Physical education and physical well-being, 1936
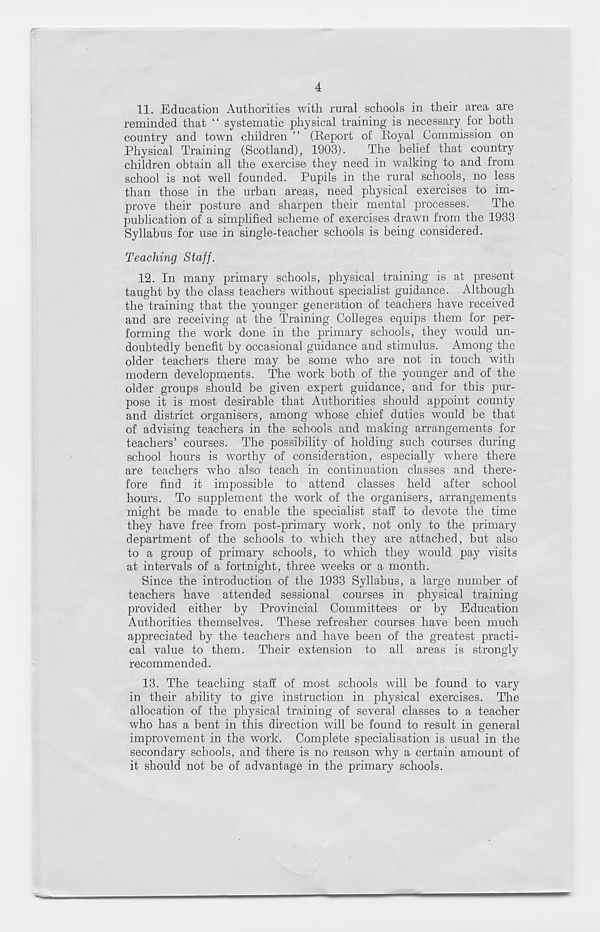
4
11. Education Authorities with rural schools in their area are
reminded that “ systematic physical training is necessary for both
country and town children ” (Report of Royal Commission on
Physical Training (Scotland), 1903).
The belief that country
children obtain all the exercise they need in walking to and from
school is not well founded. Pupils in the rural schools, no less
than those in the urban areas, need physical exercises to im-
prove their posture and sharpen their mental processes.
The
publication of a simplified scheme of exercises drawn from the 1933
Syllabus for use in single-teacher schools is being considered.
Teaching Staff.
12. In many primary schools, physical training is at present
taught by the class teachers without specialist guidance. Although
the training that the younger generation of teachers have received
and are receiving at the Training Colleges equips them for per-
forming the work done in the primary schools, they would un-
doubtedly benefit by occasional guidance and stimulus. Among the
older teachers there may be some who are not in touch with
modern developments. The work both of the younger and of the
older groups should be given expert guidance, and for this pur-
pose it is most desirable that Authorities should appoint county
and district organisers, among whose chief duties would be that
of advising teachers in the schools and making arrangements for
teachers’ courses. The possibility of holding such courses during
school hours is worthy of consideration, especially where there
are teachers who also teach in continuation classes and there-
fore find it impossible to attend classes held after school
hours. To supplement the work of the organisers, arrangements
might be made to enable the specialist staff to devote the time
they have free from post-primary work, not only to the primary
department of the schools to which they are attached, but also
to a group of primary schools, to which they would pay visits
at intervals of a fortnight, three weeks or a month.
Since the introduction of the 1933 Syllabus, a large number of
teachers have attended sessional courses in physical training
provided either by Provincial Committees or by Education
Authorities themselves. These refresher courses have been much
appreciated by the teachers and have been of the greatest practi-
cal value to them. Their extension to all areas is strongly
recommended.
13.
The teaching staff
in their ability to give instruction in physical exercises. The
allocation of the physical training of several classes to a teacher
who has a bent in this direction will be found to result in general
improvement in the work. Complete specialisation is usual in the
secondary schools, and there is no reason why a certain amount of
it should not be of advantage in the primary schools.